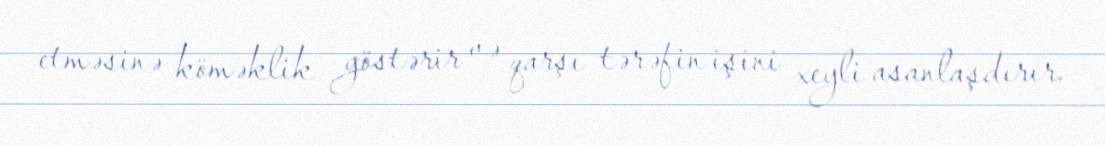
etməsinə köməklik göstərir və qarşı tərəfin işini xeyli asanlaşdırır.